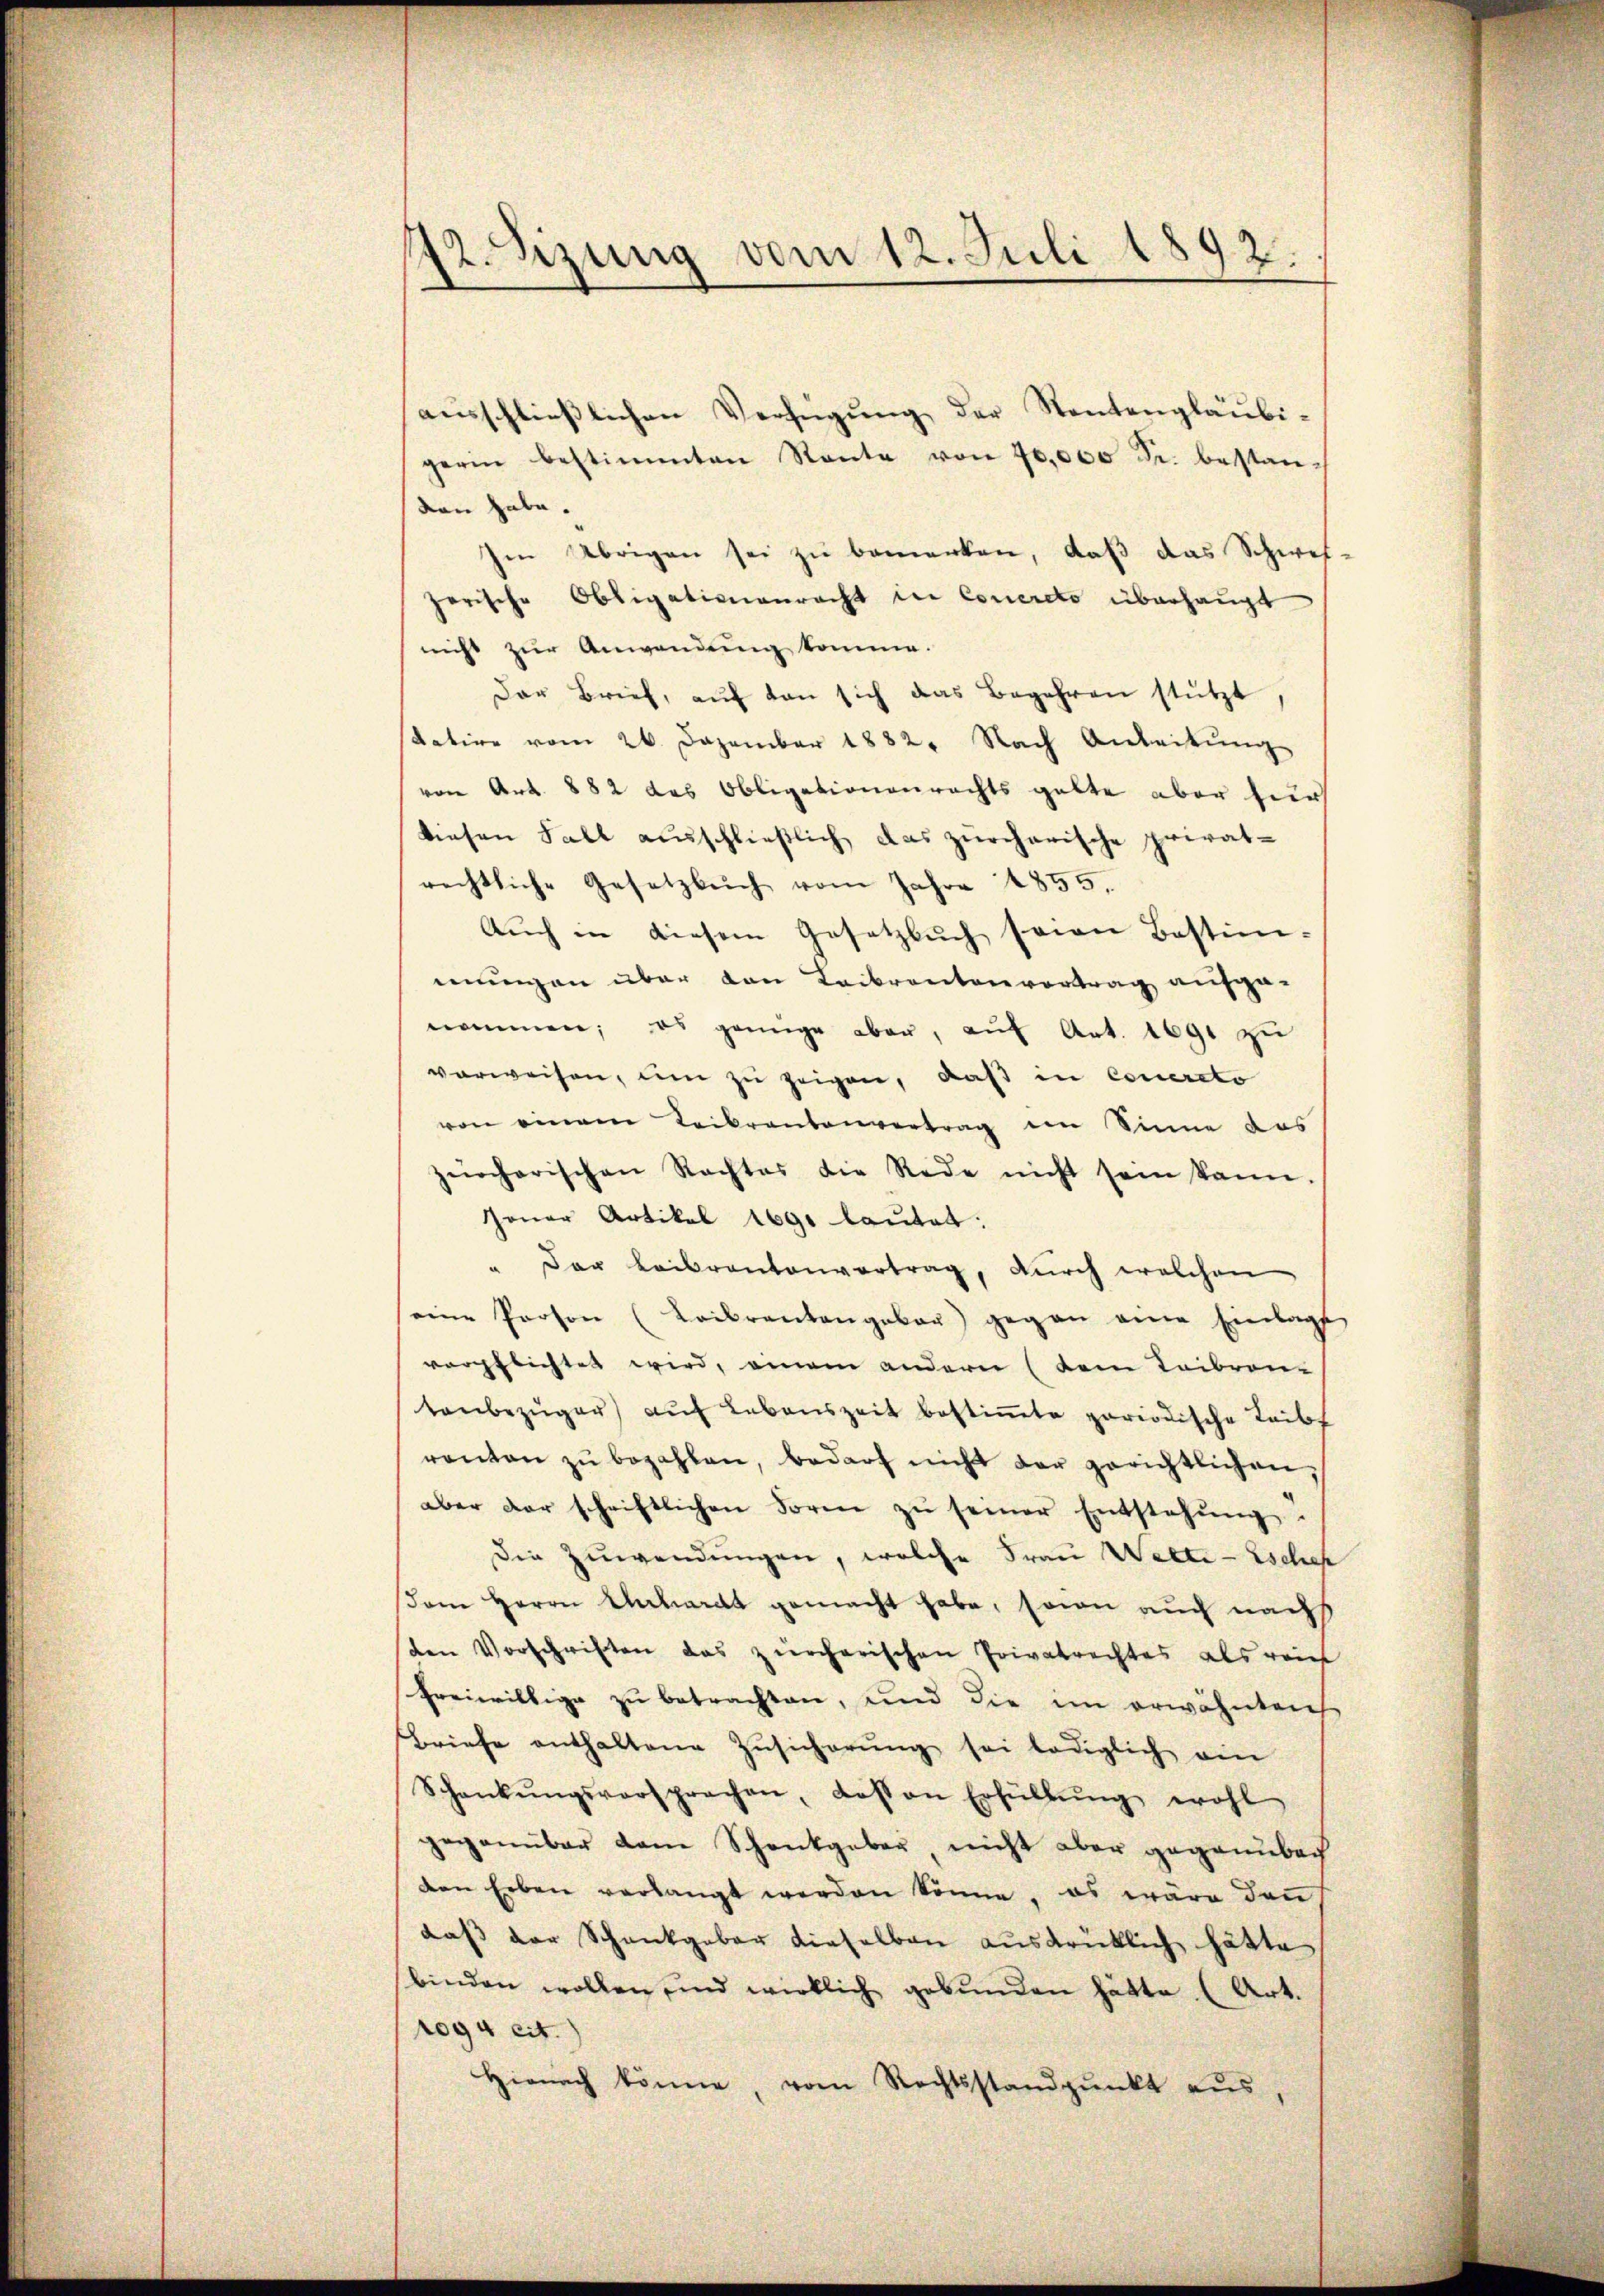
12. Sizung vom 12. Juli 1892.

ausschließlichen Verfügung der Stentengläubigerin bestimmten Rente von 70,000 Sr. bestan-
den habe.
Im Übrigen sei zu bemerken, daß das Schwef-
zerische Obligationenrecht in Concreto überhaupt
nicht zur Anwendung komme.
Dar Brief, aŭf den sich das Begehren stützt
datire vom 26. Dezember 1882. Nach Anleitŭng
von Art. 882 das Obligationenrechts gelte aber zur
diesen Fall ausschließlich das zürcherische privat-
rechtliche Gesetzbuch vom Jahre 1855.
Auch in diesem Gesetzbuch seien Bestim-
mungen über den Leibrentenvertrag aufge-
nommen; es genüge aber, aŭf Art. 1691 zu
verweisen, um zu zeigen, daß in Couersto
von einem Leibrentenvertrag im Sinne des
zürcherischen Rechtes die Rede nicht sein kann.
Jener Artikel 169. lautet:
" Der Leibrantenvertrag, durch welchen
eine Person (Laibrantengebor) gegen eine Einlage
verpflichtet wird, einem andern (dem Leibran
tenbezüger) auf Lebenszeit bestiṁte periodische Leibf
ranten zŭ bezahlen, bedarf nicht der gerichtlichen,
aber der schriftlichen Form zŭ seiner Entstehŭng.
Die Zuwendungen, welche Frau Welte - Eschef
sdem Herrn Unhardt gemacht habe, soin auch nach
den Vorschriften das zürcherischen Privatrechtes als reif
freiwillige zu betrachten, und die im erwähnten
Briefe enthaltene Zŭsicherŭng sei lediglich ein
Schankŭngsversprechen, dassen Erfüllŭng wohl
gegenüber dem Schankgeber nicht aber gegenüber
den Erben verlangt werden könne, es wäre den
daß der Schankgeber dieselben ausdrücklich hätte
binden wollen, und wirklich gebunden hätte (Art.
1094 cit.
Hienach könne, vom Rechtsstandpŭnkt aus